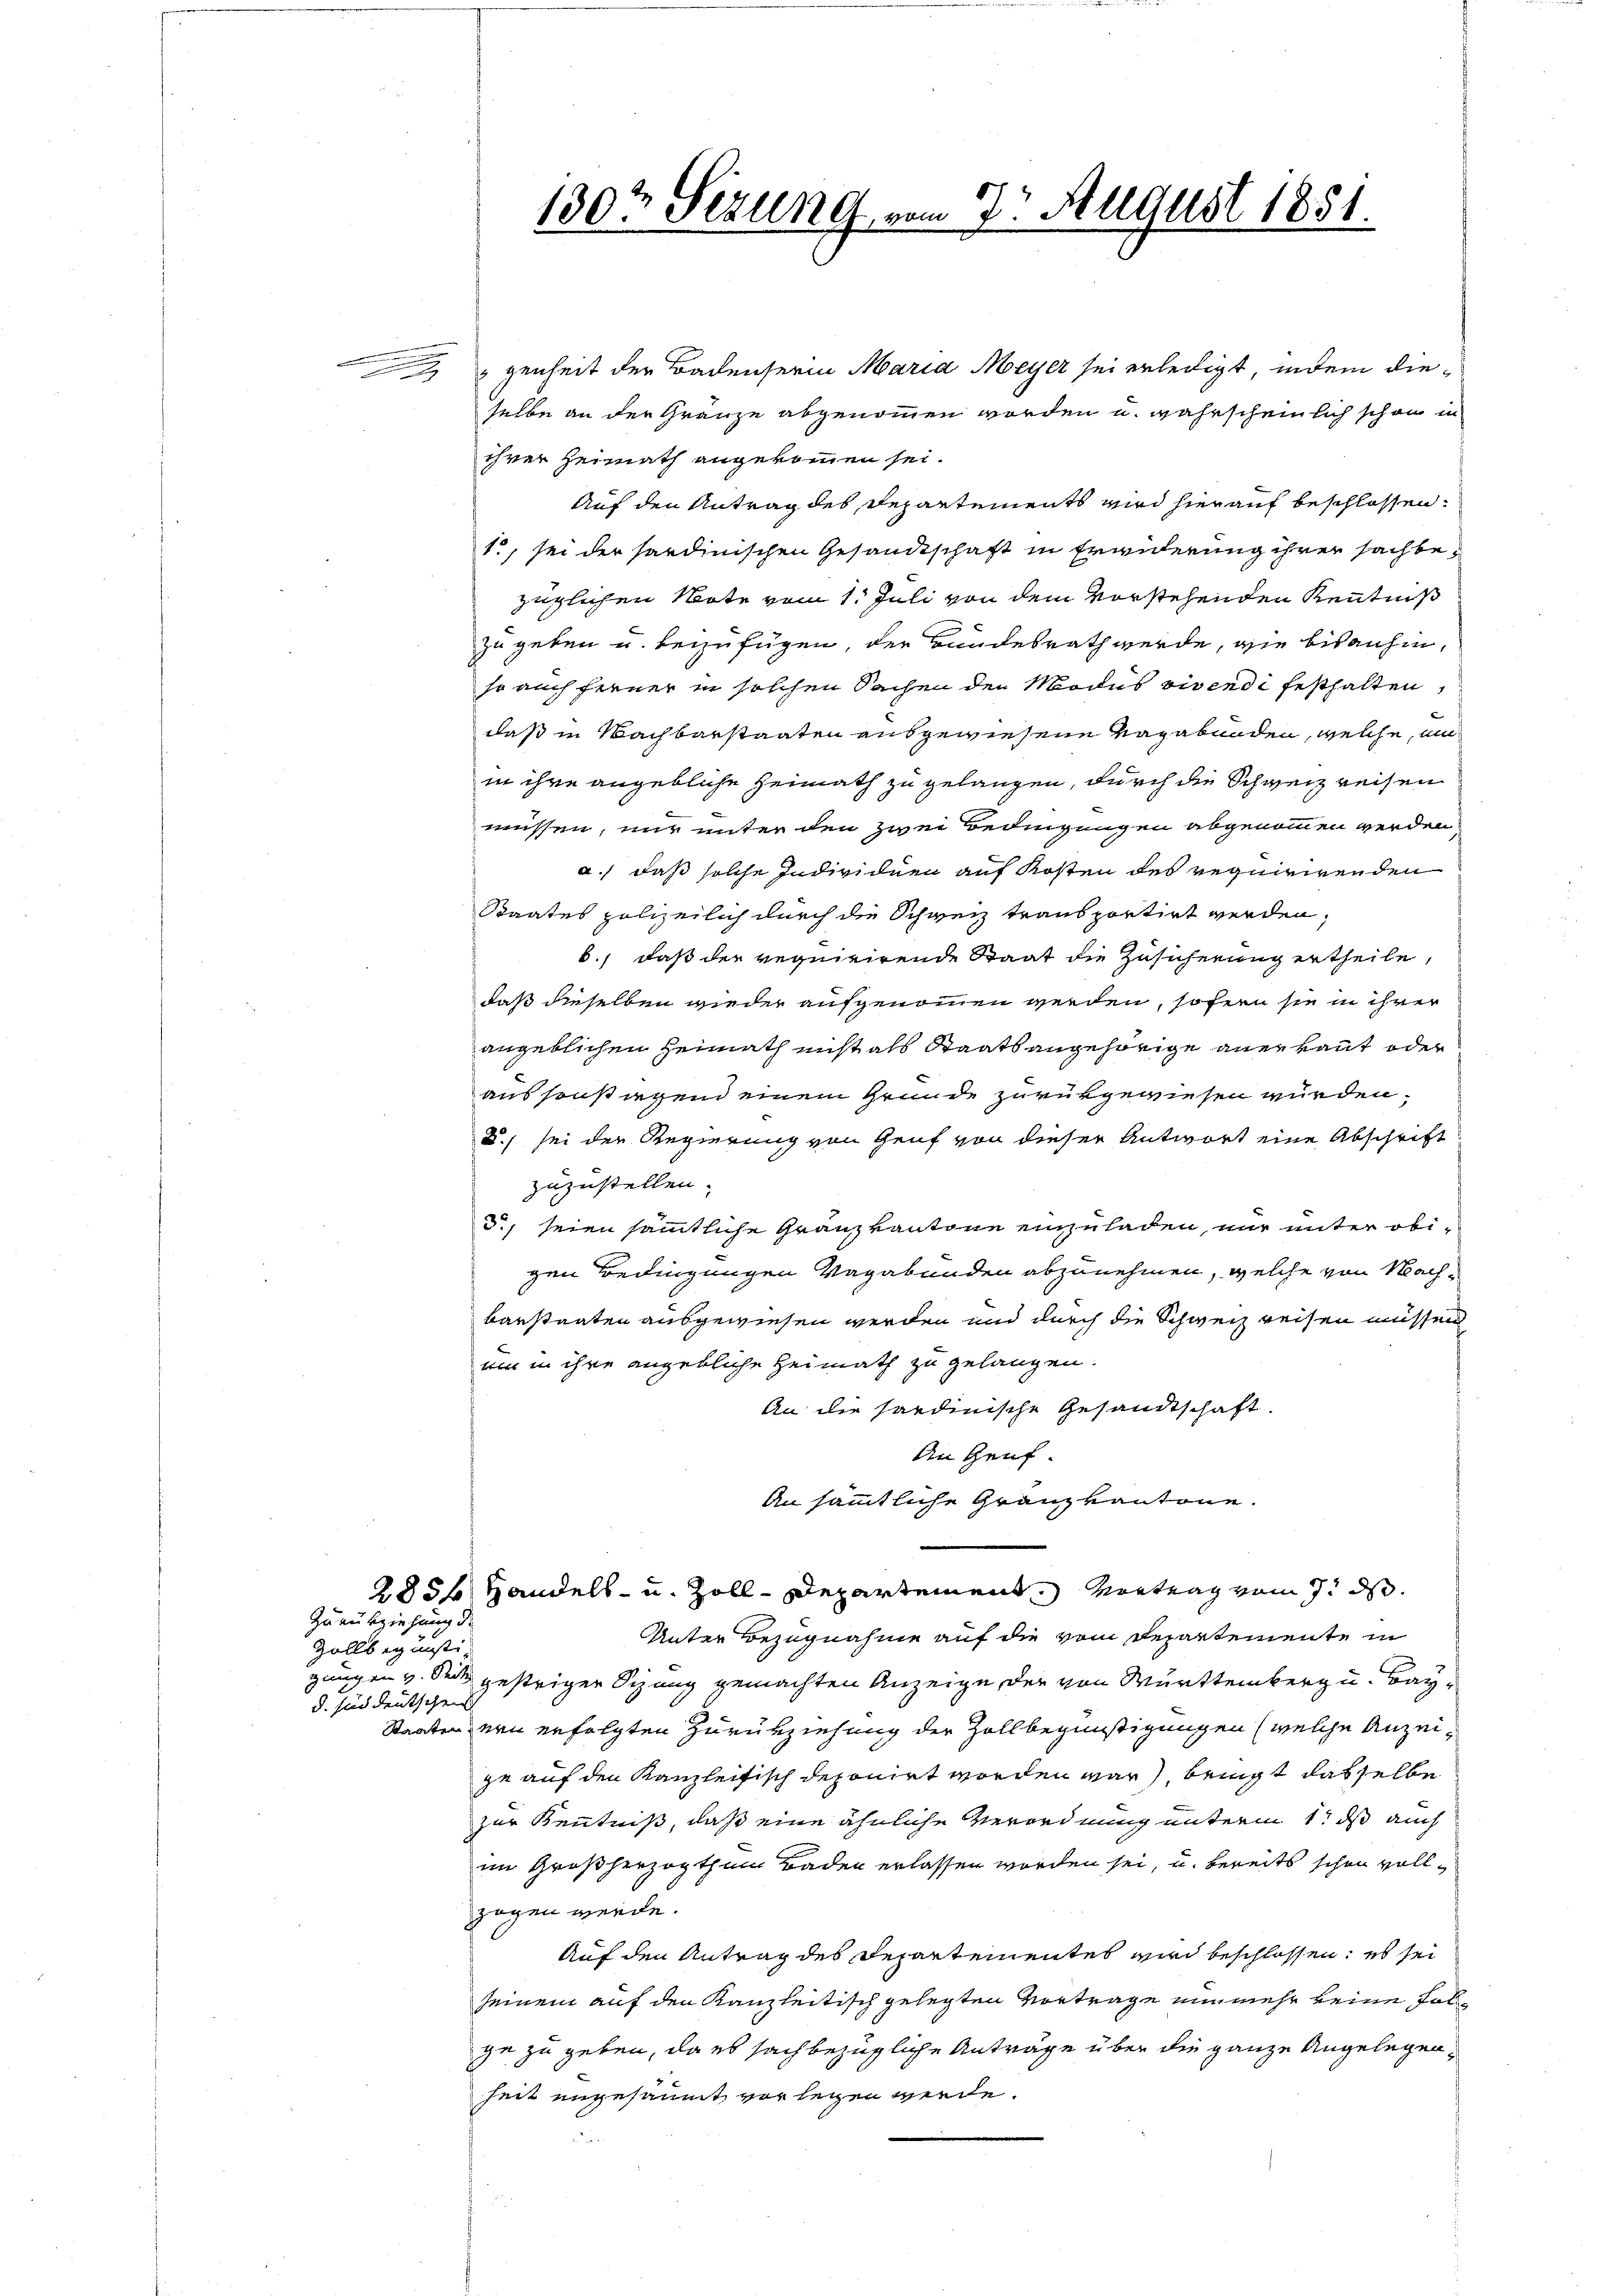
genheit der Badenserin Maria Meyer sei erledigt, indem dieselbe an der Gränze abgenommen worden u. wahrscheinlich schon in
ihrer Heimath angekommen sei.
Auf den Antrag des Departements wird hierauf beschlossen:
1, sei der Sardinischen Gesandtschaft in Erwiderung ihrer sachbezüglichen Note vom 1. Juli von dem vorstehenden Kenntniß
zu geben u. beizufügen, der Bundesrath werde, wie bisanhin,
so auch ferner in solchen Sachen den Modus vivendi festhalten,
daß in Nachbarstaaten ausgewiesene Vagabunden, welche i
in ihre angebliche Heimath zu gelangen, durch die Schweiz reisen
müssen, nur unter den zwei Bedingungen abgenommen werden
a.) daß solche Individuen auf Kosten des requirirenden
Staates polizeilich durch die Schweiz transportirt werden,
b., daß der requirirende Staat die Zusicherung ertheile,
daß dieselben wieder aufgenommen werden, sofern sie in ihrer
angeblichen Heimath nicht als Staatsangehörige anerkaut oder
aus sonstiegen einem Grunde zurükgewiesen wurden,
u. sei der Regierung von Graf von dieser Antwort eine Abschrift
zuzustellen.
d., seien sämmtliche Granzkantone einzuladen, nur unter obigen Bedingungen Vagabunden abzunehmen, welche von Nachbarstaaten ausgewiesen werden und durch die Schweiz reisen müssen
um in ihre angebliche Heimath zu gelangen.
An die sardinische Gesandtschaft.
An Genf.
An sämmtliche Granzkantone.
2856 Handels- u. Zoll-Departement. Vortrag vom 7. ds.
Unter Bezugnahme auf die vom Departemente in
gungen v. Seitz gestriger Sitzung gemachten Anzeige der von Württemberg u. Bay¬
Staaten ein erfolgten Zurükziehung der Zollbegünstigungen (welche Anzeige auf den Kanzleitisch deponirt worden war, bringt dasselbe
zur Kenntniß, daß eine ähnliche Verordnung unterm 1t ds auch
im Großherzogthum Baden erlassen worden sei, u. bereits schon vollzogen werde.
Auf den Antrag des Departementes wird beschlossen; es sei
seinem auf den Kanzleitisch gelegten Vortrage nunmehr keine Folze zu geben, da es sach bezügliche Anträge über die ganze Angelegenheit angesäumt vorlegen werde.

Zurükziehung de
Zollbegünstei-
d. sind deutschen

130t Sezung vom 7. August 1851.